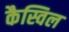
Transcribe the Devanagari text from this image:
कैस्विल